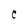
Character: C